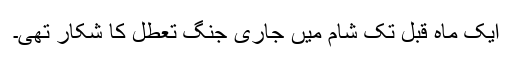
ایک ماہ قبل تک شام میں جاری جنگ تعطل کا شکار تھی۔